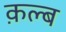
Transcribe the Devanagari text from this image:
क़ल्ब